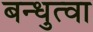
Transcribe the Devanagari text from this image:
बन्धुत्वा